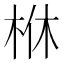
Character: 𣐾